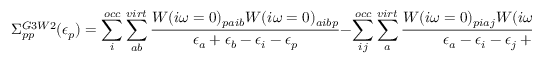
\Sigma _ { p p } ^ { G 3 W 2 } ( \epsilon _ { p } ) = \sum _ { i } ^ { o c c } \sum _ { a b } ^ { v i r t } \frac { W ( i \omega = 0 ) _ { p a i b } W ( i \omega = 0 ) _ { a i b p } } { \epsilon _ { a } + \epsilon _ { b } - \epsilon _ { i } - \epsilon _ { p } } - \sum _ { i j } ^ { o c c } \sum _ { a } ^ { v i r t } \frac { W ( i \omega = 0 ) _ { p i a j } W ( i \omega = 0 ) _ { i a j p } } { \epsilon _ { a } - \epsilon _ { i } - \epsilon _ { j } + \epsilon _ { p } } \; ,